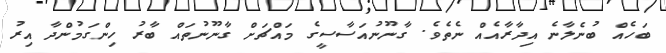
ބަހެއް ބުނެލާނެ އިދާރާއެއް ނެތެވެ. ގާނޫނުއަސާސީގެ މައްޗަށް ގާނޫނުތައް ބާރު ހިންގަމުންދާ އިރު